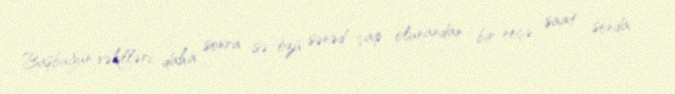
Başbuğun vəkilləri, daha sonra isə özü sənəd çap olunandan bir neçə saat sonda